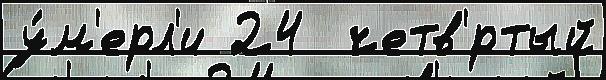
у́м'ерл'и 24  четв'́ртый